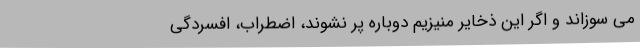
می سوزاند و اگر این ذخایر منیزیم دوباره پر نشوند، اضطراب، افسردگی